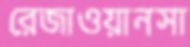
রেজাওয়ানসা